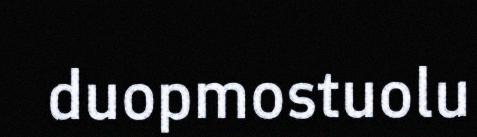
duopmostuolu